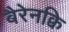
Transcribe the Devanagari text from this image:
बैरेनक्वि